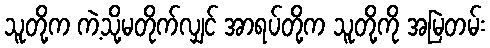
သူတို့က ကဲ့သို့မတိုက်လျှင် အာရပ်တို့က သူတို့ကို အမြဲတမ်း